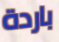
باردة